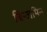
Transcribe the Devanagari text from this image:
बिन्जमिन